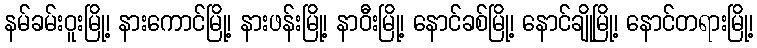
နမ်ခမ်းဝူးမြို့၊ နားကောင်မြို့၊ နားဖန်းမြို့၊ နာဝီးမြို့၊ နောင်ခစ်မြို့၊ နောင်ချိုမြို့၊ နောင်တရားမြို့၊